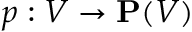
p : V \to \mathbf { P } ( V )